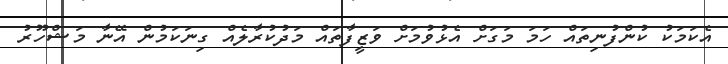
އެކަމަކު ކުންފުނިތައް ހަމަ މަގަށް އެޅުވުމަށް ވަޒީފާތައް މަދުކުރާލެއް ގިނަކަމުން އޭނާ މަޝްހޫރު